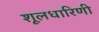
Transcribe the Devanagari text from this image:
शूलधारिणी